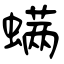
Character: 螨